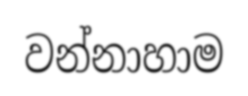
වන්නාහාම